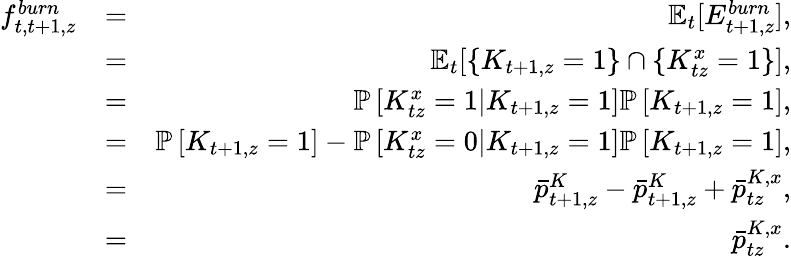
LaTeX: \begin{array}{rlr}{f_{t,t+1,z}^{burn}}&{=}&{\mathbb{E}_{t}[E_{t+1,z}^{burn}],}\\ &{=}&{\mathbb{E}_{t}[\{ K_{t+1,z}=1\} \cap\{ K_{tz}^{x}=1\} ],}\\ &{=}&{\mathbb P\left[K_{tz}^{x}=1|K_{t+1,z}=1\right]\mathbb P\left[K_{t+1,z}=1\right],}\\ &{=}&{\mathbb P\left[K_{t+1,z}=1\right]-\mathbb P\left[K_{tz}^{x}=0|K_{t+1,z}=1\right]\mathbb P\left[K_{t+1,z}=1\right],}\\ &{=}&{\bar{p}_{t+1,z}^{K}-\bar{p}_{t+1,z}^{K}+\bar{p}_{tz}^{K,x},}\\ &{=}&{\bar{p}_{tz}^{K,x}.}\end{array}